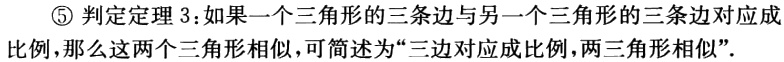
\textcircled{5} 判定定理 3：如果一个三角形的三条边与另一个三角形的三条边对应成比例，那么这两个三角形相似，可简述为“三边对应成比例，两三角形相似”．